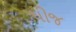
ધીજ